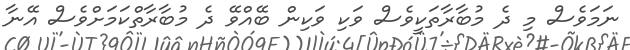
ނަމަވެސް މި ދެ މުބާރާތަކީވެސް ވަކި ވަކިން ބޭއްވޭ ދެ މުބާރާތްކަމަށްވެސް އޭނާ